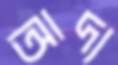
আদ্য